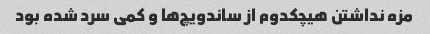
مزه نداشتن هیچکدوم از ساندویچ‌ها و کمی سرد شده بود